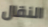
النقال